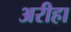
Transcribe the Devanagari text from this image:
अरीहा